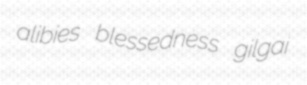
alibies blessedness gilgai